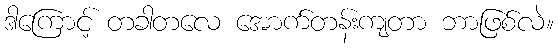
ဒါကြောင့် တခါတလေ အောက်တန်းကျတာ ဘာဖြစ်လဲ။